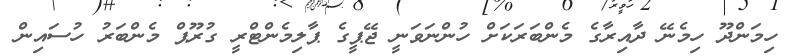
ހިމަންދޫ ހިމެނޭ ދާއިރާގެ މެންބަރަކަށް ހުންނަވަނީ ޖޭޕީގެ ޕާލިމެންޓްރީ ގުރޫޕް މެންބަރު ހުސައިން